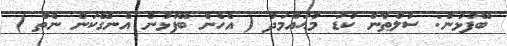
ބޭފުޅުން: ސުލްޠާން ކުޑަ މުޙައްމަދު ( އެހެން ބޭފުޅުން އެނގޭކަން ނެތް )